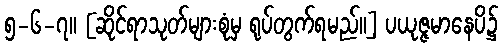
၅-၆-၇။ [ဆိုင်ရာသုတ်များစုံမှ ရုပ်တွက်ရမည်။] ပယုဇ္ဇမာနေပိ၌